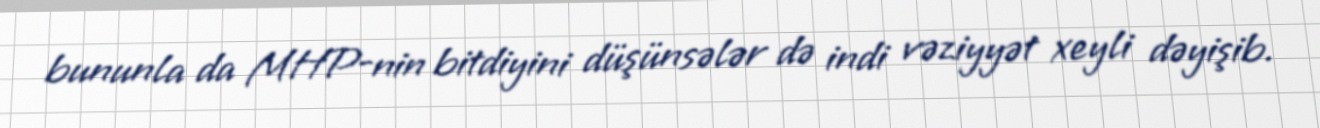
bununla da MHP-nin bitdiyini düşünsələr də indi vəziyyət xeyli dəyişib.